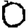
Digit: 0